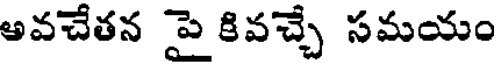
అవచేతన పై కివచ్చే సమయం